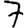
Digit: 7